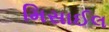
મિસાઈલ